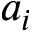
a _ { i }